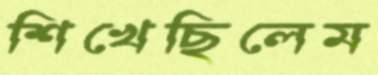
শিখেছিলেম